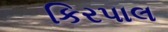
કિરપાલ